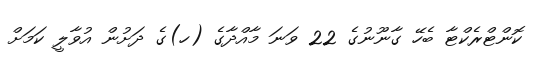
ކޮންޓްރެކްޓާ ބެހޭ ގާނޫނުގެ 22 ވަނަ މާއްދާގެ (ހ)ގެ ދަށުން އުވާލީ ކަމަށް